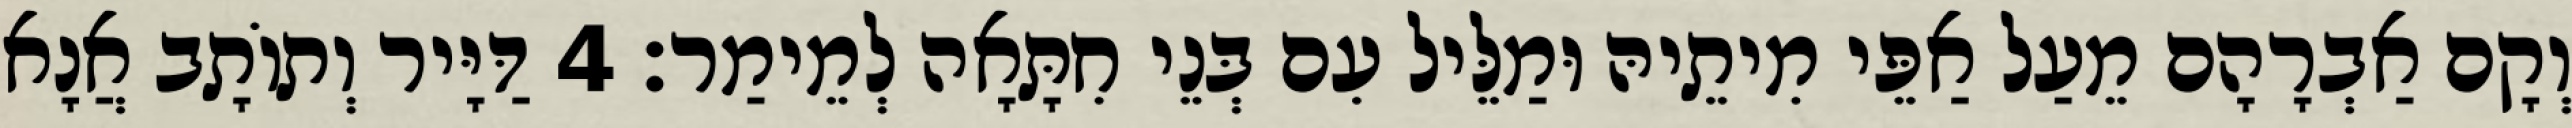
וְקָם אַבְרָהָם מֵעַל אַפֵּי מִיתֵיהּ וּמַלֵּיל עִם בְּנֵי חִתָּאָה לְמֵימַר׃ 4 דַּיָּיר וְתוֹתָב אֲנָא